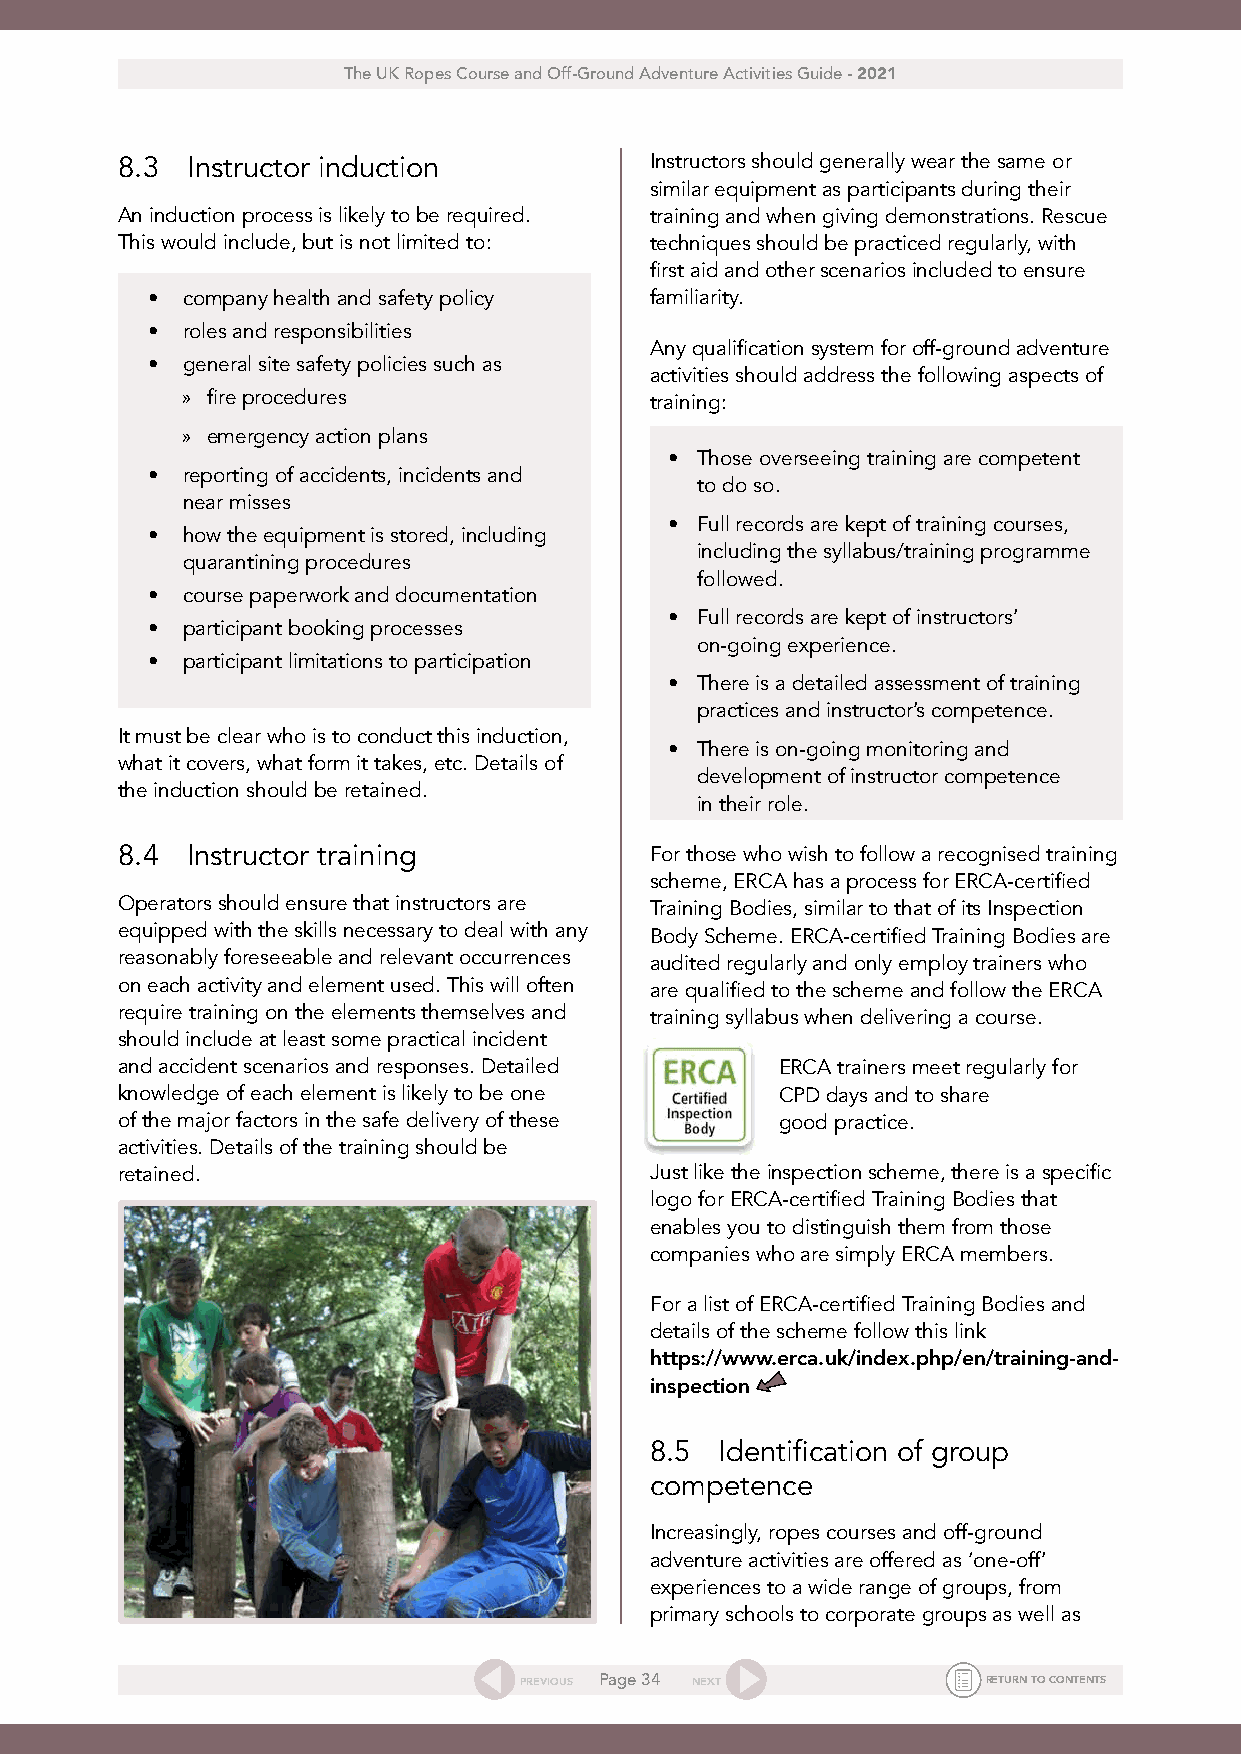
The UK Ropes Course and Off-Ground Adventure Activities Guide - 2021
 8.3 Instructor induction           Instructors should generally wear the same or
 similar equipment as participants during their
 An induction process is likely to be required. training and when giving demonstrations. Rescue
 This would include, but is not limited to: techniques should be practiced regularly, with
 first aid and other scenarios included to ensure
 • company health and safety policy familiarity.
 • roles and responsibilities
 Any qualification system for off-ground adventure
 • general site safety policies such as
 activities should address the following aspects of
 » fire procedures              training:
 » emergency action plans
 • Those overseeing training are competent
 • reporting of accidents, incidents and
 to do so.
 near misses
 • Full records are kept of training courses,
 • how the equipment is stored, including
 including the syllabus/training programme
 quarantining procedures
 followed.
 • course paperwork and documentation
 • Full records are kept of instructors’
 • participant booking processes
 on-going experience.
 • participant limitations to participation
 • There is a detailed assessment of training
 practices and instructor’s competence.
 It must be clear who is to conduct this induction,
 • There is on-going monitoring and
 what it covers, what form it takes, etc. Details of
 development of instructor competence
 the induction should be retained.
 in their role.
 8.4 Instructor training            For those who wish to follow a recognised training
 scheme, ERCA has a process for ERCA-certified
 Operators should ensure that instructors are Training Bodies, similar to that of its Inspection
 equipped with the skills necessary to deal with any Body Scheme. ERCA-certified Training Bodies are
 reasonably foreseeable and relevant occurrences audited regularly and only employ trainers who
 on each activity and element used. This will often are qualified to the scheme and follow the ERCA
 require training on the elements themselves and training syllabus when delivering a course.
 should include at least some practical incident
 and accident scenarios and responses. Detailed ERCA trainers meet regularly for
 knowledge of each element is likely to be one CPD days and to share
 of the major factors in the safe delivery of these good practice.
 activities. Details of the training should be
 retained.                          Just like the inspection scheme, there is a specific
 logo for ERCA-certified Training Bodies that
 enables you to distinguish them from those
 companies who are simply ERCA members.
 For a list of ERCA-certified Training Bodies and
 details of the scheme follow this link
 https://www.erca.uk/index.php/en/training-and-
 inspection
 8.5  Identification of group
 competence
 Increasingly, ropes courses and off-ground
 adventure activities are offered as ‘one-off’
 experiences to a wide range of groups, from
 primary schools to corporate groups as well as
 PREVIOUS Page 34 NEXT          RETURN TO CONTENTS